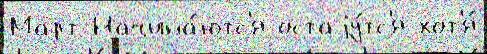
Март Начина́ютс'я остаjу́тс'я хот'я́